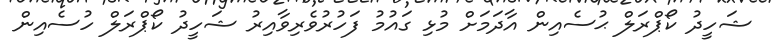
ޝަހީދު ކޯޕްރަލް ޙުސެއިން އާދަމަށް މުޅި ގައުމު ފަހުރުވެރިވާއިރު ޝަހީދު ކޯޕްރަލް ހުސެއިން